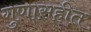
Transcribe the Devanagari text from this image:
गुणासहीत